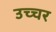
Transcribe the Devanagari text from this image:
उच्चर